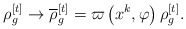
\begin{align*}\rho _{g}^{[t]}\rightarrow \overline{\rho }_{g}^{[t]}=\varpi \left(x^{k},\varphi \right) \rho _{g}^{[t]}. \end{align*}